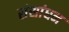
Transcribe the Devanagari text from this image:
संसांधन